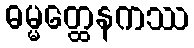
ဓမ္မတ္ထေနကဿ